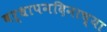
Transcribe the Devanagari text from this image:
वर्धापनदिनाच्या